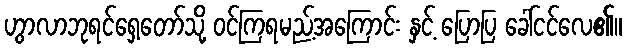
ဟွာလာဘုရင်ရှေ့တော်သို့ ဝင်ကြရမည့်အကြောင်း နှင့် ပြောပြ ခေါ်ငင်လေ၏။